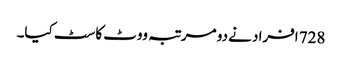
728 افراد نے دو مرتبہ ووٹ کاسٹ کیا۔